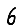
Digit: 6